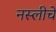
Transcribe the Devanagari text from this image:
नस्लीचे